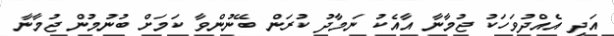
އަދި އެއްދުވަހަކު ޖުމާނާ އާއެކު ނަމާދު ކުރަން ބޭނުންވާ ކަމަށް ބުނުމުން ޖުމާނާ